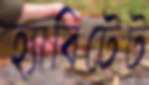
হ্যাবিটেট